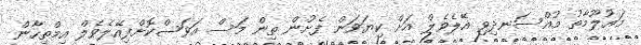
މައުލޫމާތު މުއްސަނދިވި އޭލެވެލް އަށް ކިޔަވަން ފެށުން ތިން މަސް އަވަސްކޮށްފިއޭލެވެލް އިމްތިހާން